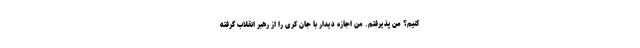
کنیم؟ من پذیرفتم. من اجازه دیدار با جان کری را از رهبر انقلاب گرفته